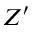
Z ^ { \prime }